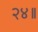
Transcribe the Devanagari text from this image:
२४॥